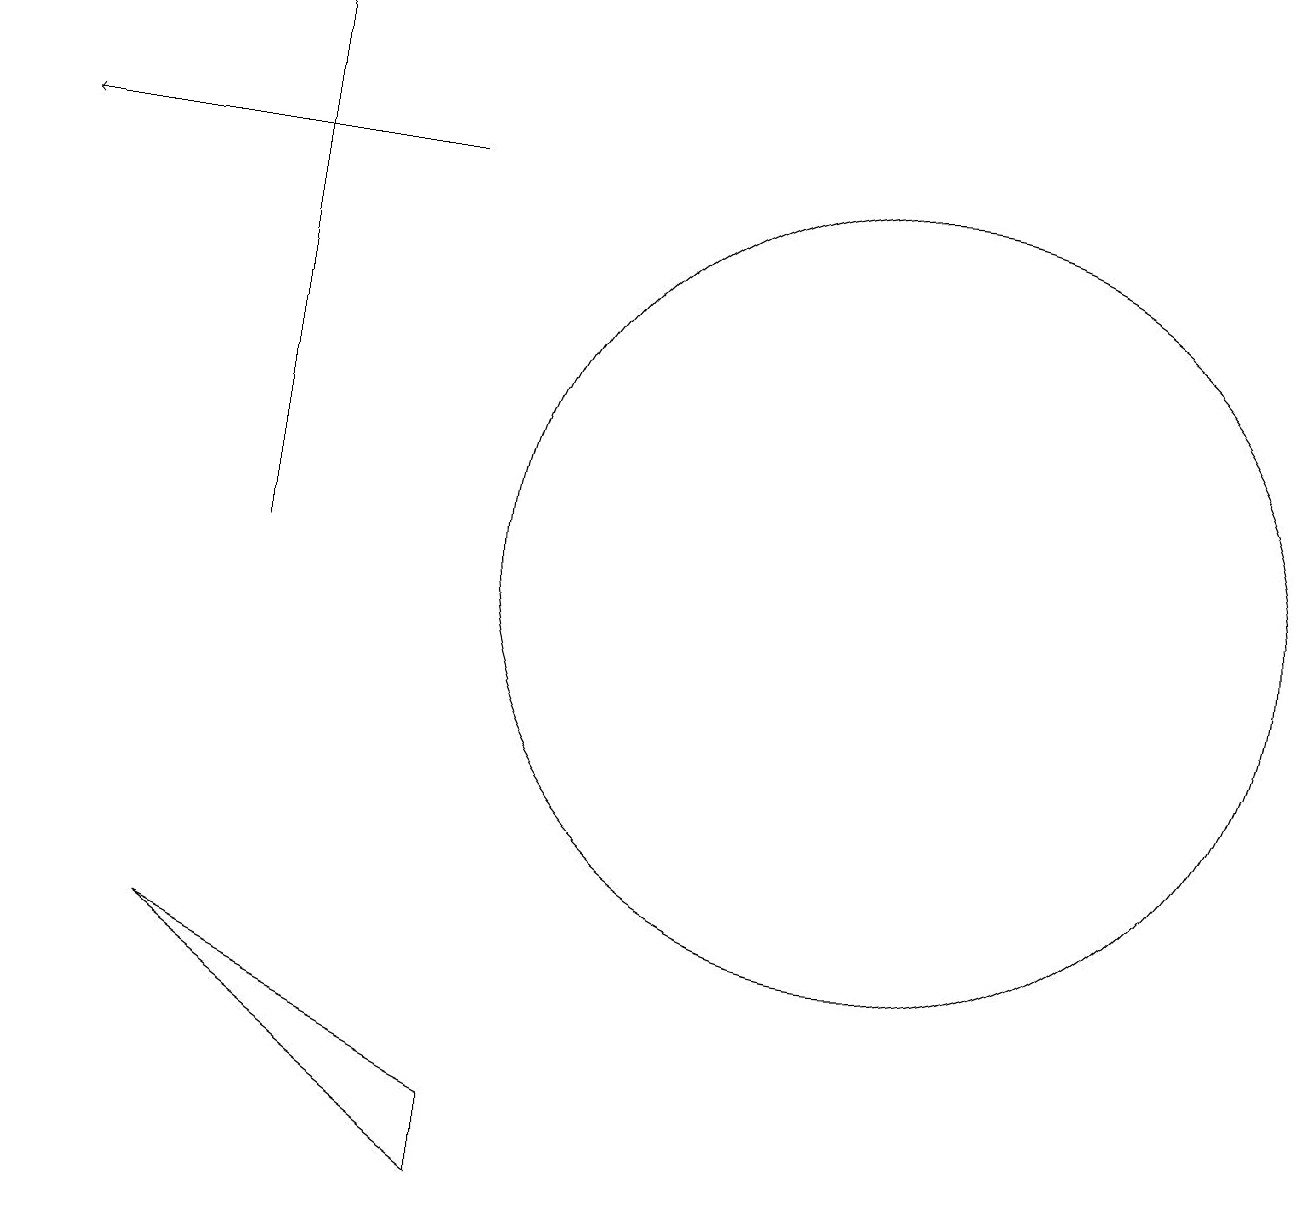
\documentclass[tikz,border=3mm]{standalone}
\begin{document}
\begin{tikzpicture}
\draw (3,17) rectangle (3,10);
\draw (2,5) -- (6,3) -- (6,2) -- cycle;
\draw[->] (5,15) -- (0,15);
\draw (11,10) circle (5);
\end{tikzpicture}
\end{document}